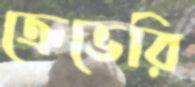
ক্রেভেরি